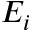
E _ { i }